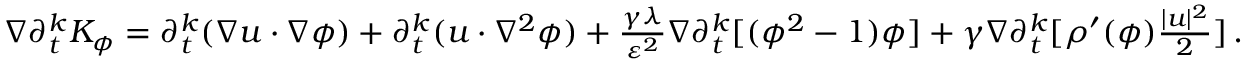
\begin{array} { r } { \nabla \partial _ { t } ^ { k } K _ { \phi } = \partial _ { t } ^ { k } ( \nabla u \cdot \nabla \phi ) + \partial _ { t } ^ { k } ( u \cdot \nabla ^ { 2 } \phi ) + \frac { \gamma \lambda } { \varepsilon ^ { 2 } } \nabla \partial _ { t } ^ { k } [ ( \phi ^ { 2 } - 1 ) \phi ] + \gamma \nabla \partial _ { t } ^ { k } [ \rho ^ { \prime } ( \phi ) \frac { | u | ^ { 2 } } { 2 } ] \, . } \end{array}